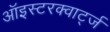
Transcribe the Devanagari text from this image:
ऑइस्टरक्वार्ट्ज